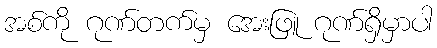
အစ်ကို ဂုဏ်တက်မှ အေးဖြူ ဂုဏ်ရှိမှာပါ